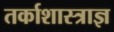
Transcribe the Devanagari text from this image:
तर्काशास्त्राज्ञ